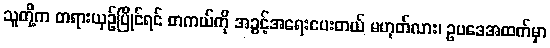
သူတို့က တရားယှဉ်ပြိုင်ရင် တကယ်ကို အခွင့်အရေးပေးတယ် မဟုတ်လား၊ ဥပဒေအထက်မှာ